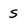
Character: S